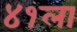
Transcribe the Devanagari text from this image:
४१ला